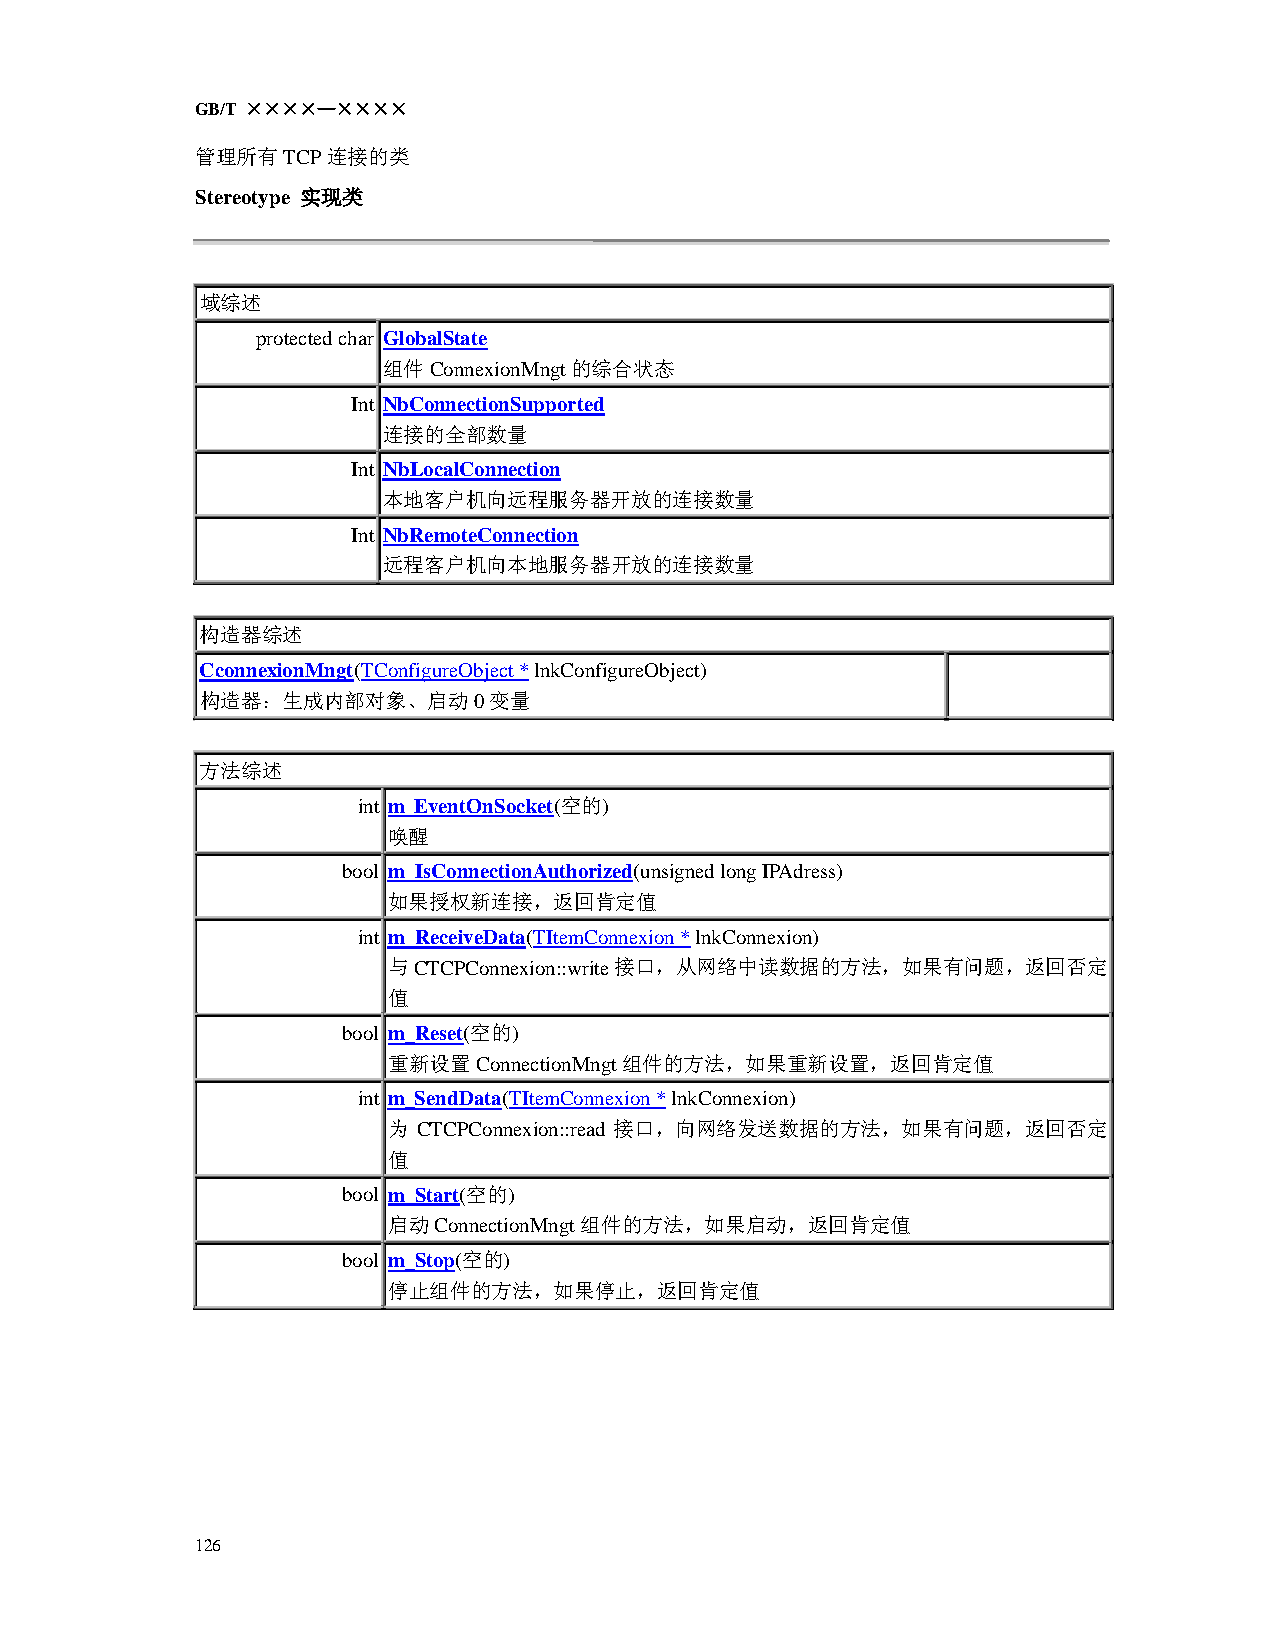
GB/T ××××—××××
 管理所有TCP连接的类
 Stereotype 实现类
 域综述
 protected char GlobalState
 组件ConnexionMngt的综合状态
 Int NbConnectionSupported
 连接的全部数量
 Int NbLocalConnection
 本地客户机向远程服务器开放的连接数量
 Int NbRemoteConnection
 远程客户机向本地服务器开放的连接数量
 构造器综述
 CconnexionMngt(TConfigureObject * lnkConfigureObject)
 构造器：生成内部对象、启动0变量
 方法综述
 int m_EventOnSocket(空的)
 唤醒
 bool m_IsConnectionAuthorized(unsigned long IPAdress)
 如果授权新连接，返回肯定值
 int m_ReceiveData(TItemConnexion * lnkConnexion)
 与CTCPConnexion::write接口，从网络中读数据的方法，如果有问题，返回否定
 值
 bool m_Reset(空的)
 重新设置ConnectionMngt组件的方法，如果重新设置，返回肯定值
 int m_SendData(TItemConnexion * lnkConnexion)
 为 CTCPConnexion::read 接口，向网络发送数据的方法，如果有问题，返回否定
 值
 bool m_Start(空的)
 启动ConnectionMngt组件的方法，如果启动，返回肯定值
 bool m_Stop(空的)
 停止组件的方法，如果停止，返回肯定值
 126